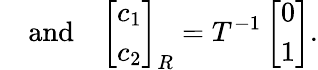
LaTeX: \quad\mathrm{and}\quad\left[\begin{array}{l}{c_{1}}\\ {c_{2}}\end{array}\right]_{R}=T^{-1}\left[\begin{array}{l}{0}\\ {1}\end{array}\right].